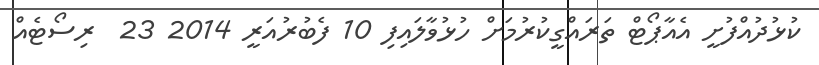
ކުޅުދުއްފުށީ އެއާޕޯޓް ތަރައްގީކުރުމަށް ހުޅުވާލައިފި 10 ފެބުރުއަރީ 2014 23  ރިސޯޓެއް